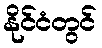
နိုင်ငံတွင်